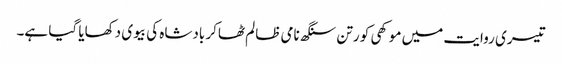
تیسری روایت میں موکھی کو رتن سنگھ نامی ظالم ٹھاکر بادشاہ کی بیوی دکھایا گیا ہے۔